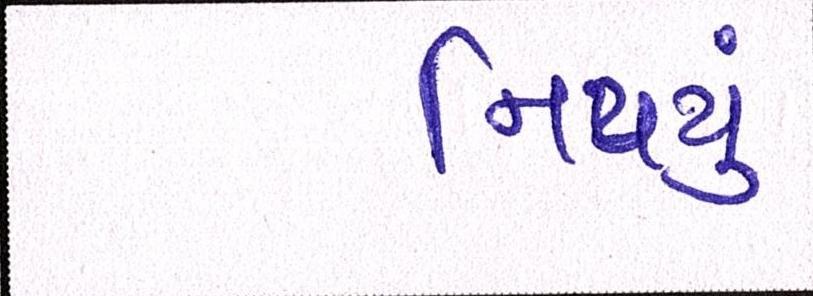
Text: નિપયું